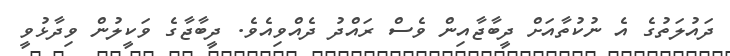
ދައުލަތުގެ އެ ނުކުތާއަށް ދީބާޖާއިން ވެސް ރައްދު ދެއްވިއެވެ. ދީބާޖާގެ ވަކީލުން ވިދާޅުވީ